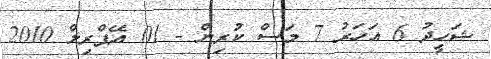
ޝަހީދު 6 އަހަރު 7 މަސް ކުރިން - 01 އޭޕްރިލް 2010